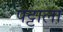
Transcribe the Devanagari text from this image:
पट्टाला